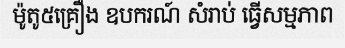
ម៉ូតូ៥គ្រឿង ឧបករណ៍ សំរាប់ ធ្វើសម្មភាព